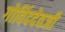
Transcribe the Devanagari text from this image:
गोविंददेवजी